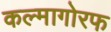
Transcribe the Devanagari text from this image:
कल्मागोरफ